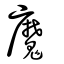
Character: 魔